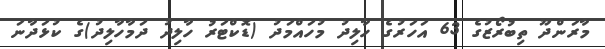
މާރަންދޫ ތިބުރޯޒުގެ 63 އަހަރުގެ ހާލިދު މުހައްމަދު (ޑޮކްޓަރު ހާލިދު ދަމާހާލިދު)ގެ ކުޅަދާނަ